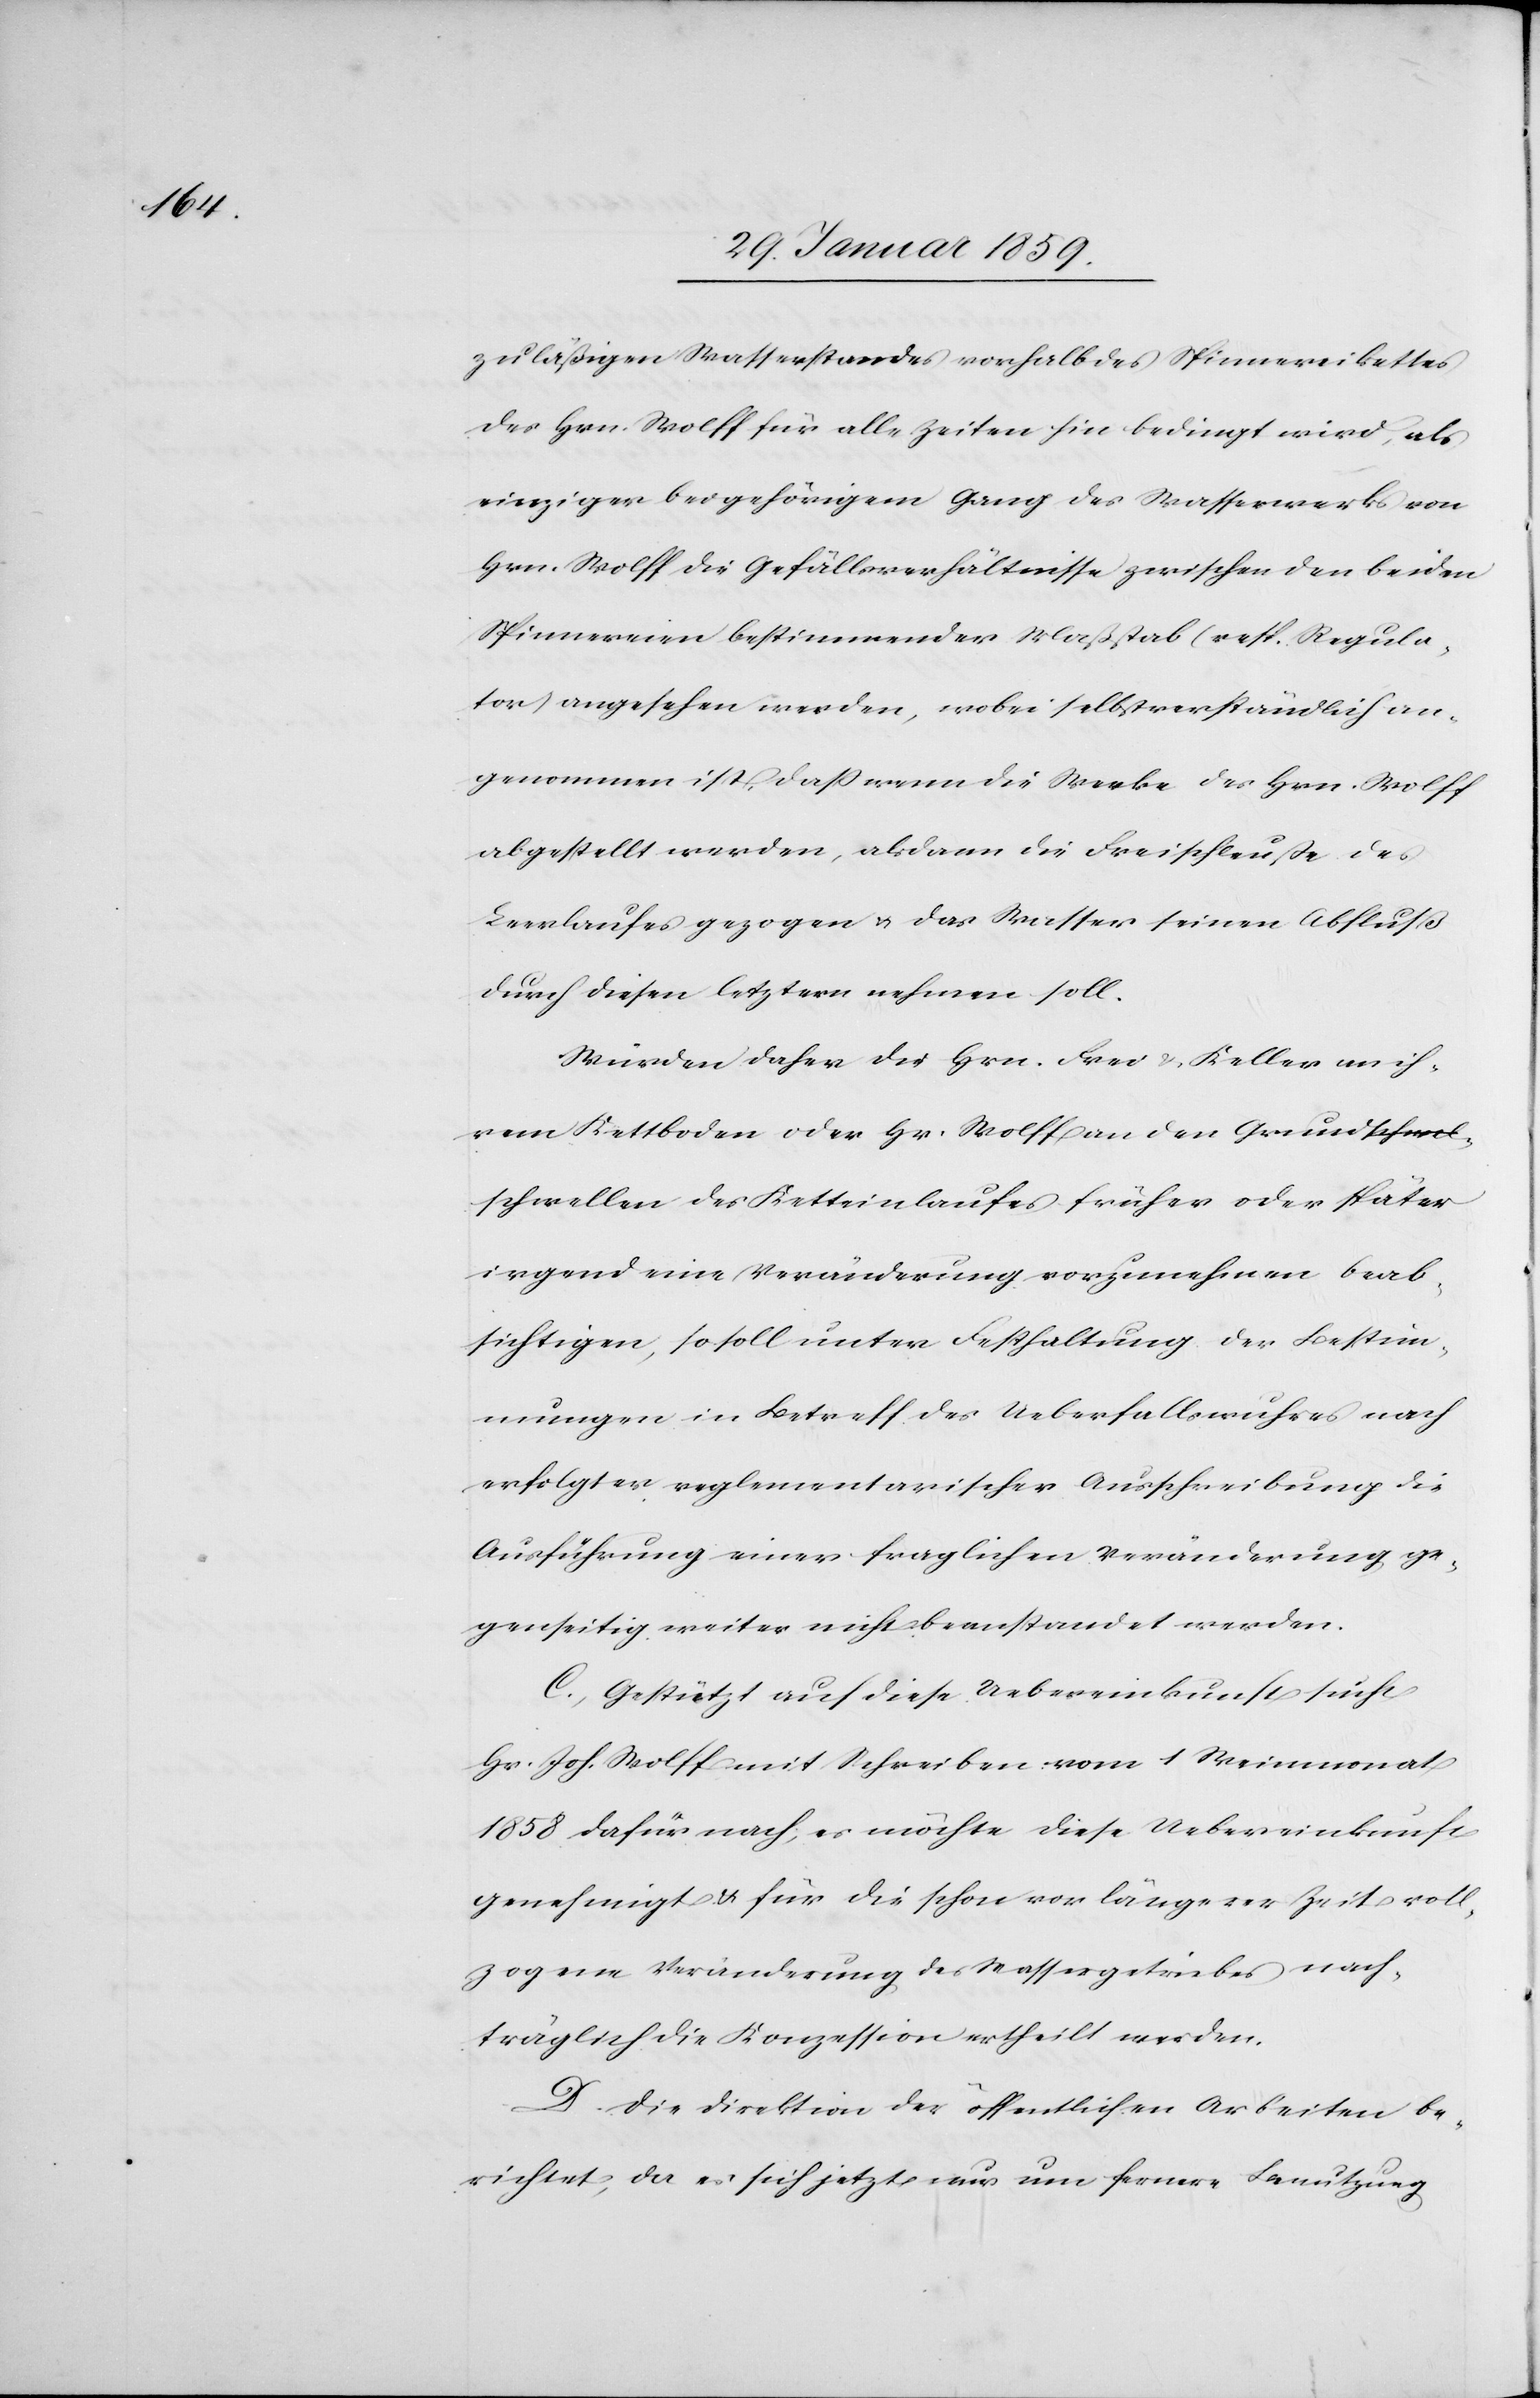
zuläßigen Wasserstandes vorhalb des Spinnereibettes
des Hrn. Wolff für alle Zeiten hin bedingt wird, als
einziger bei gehörigem Gang des Wasserwerks von
Hrn. Wolff die Gefällsverhältnisse zwischen den beiden
Spinnereien bestimmender Maßstab (resp. Regula¬
tor) angesehen werden, wobei selbstverständlich an¬
genommen ist, daß wenn die Werke des Hrn. Wolff
abgestellt werden, alsdann die Freischleuße des
Leerlaufes gezogen u. das Wasser seinen Abfluß
durch diesen letztern nehmen soll.
Würden daher die Hrn. Frei & Keller an ih¬
ren Kettboden oder Hr. Wolff an den Grund¬
schwellen des Ketteinlaufes früher oder später
irgend eine Veränderung vorzunehmen beab¬
sichtigen, so soll unter Festhaltung der Bestim¬
mungen in Betreff des Ueberfallswuhres nach
erfolgter reglementarischer Ausschreibung die
Ausführung einer fraglichen Veränderung ge¬
genseitig weiter nicht beanstandet werden.
C. Gestützt auf diese Uebereinkunft sucht
Hr. Joh. Wolff mit Schreiben vom 1 Weinmonat
1858 dafür nach; es möchte diese Uebereinkunft
genehmigt & für die schon vor längerer Zeit voll¬
zogene Veränderung des Wassergetriebes nach¬
träglich die Konzession ertheilt werden.
D. Die Direktion der öffentlichen Arbeiten be¬
richtet, da es sich jetzt nur um fernere Benutzung